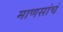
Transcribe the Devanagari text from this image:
माणसांचं